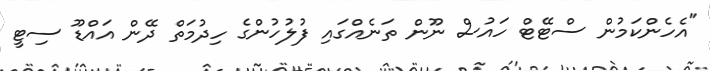
"އެހެންކަމުން ސްޓޭޓް ހައުސް ނޫން ތަނެއްގައި ފުލުހުންގެ ހިދުމަތް ދޭން އައްޑޫ ސިޓީ